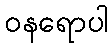
ဝနရောပါ